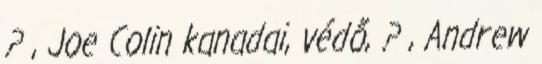
? , Joe Colin kanadai, védő, ? , Andrew